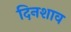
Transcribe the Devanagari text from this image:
दिनशाव